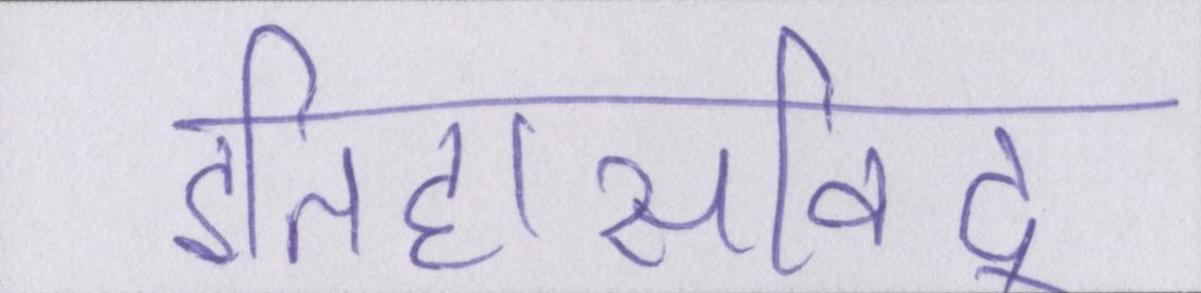
इतिहासविद्